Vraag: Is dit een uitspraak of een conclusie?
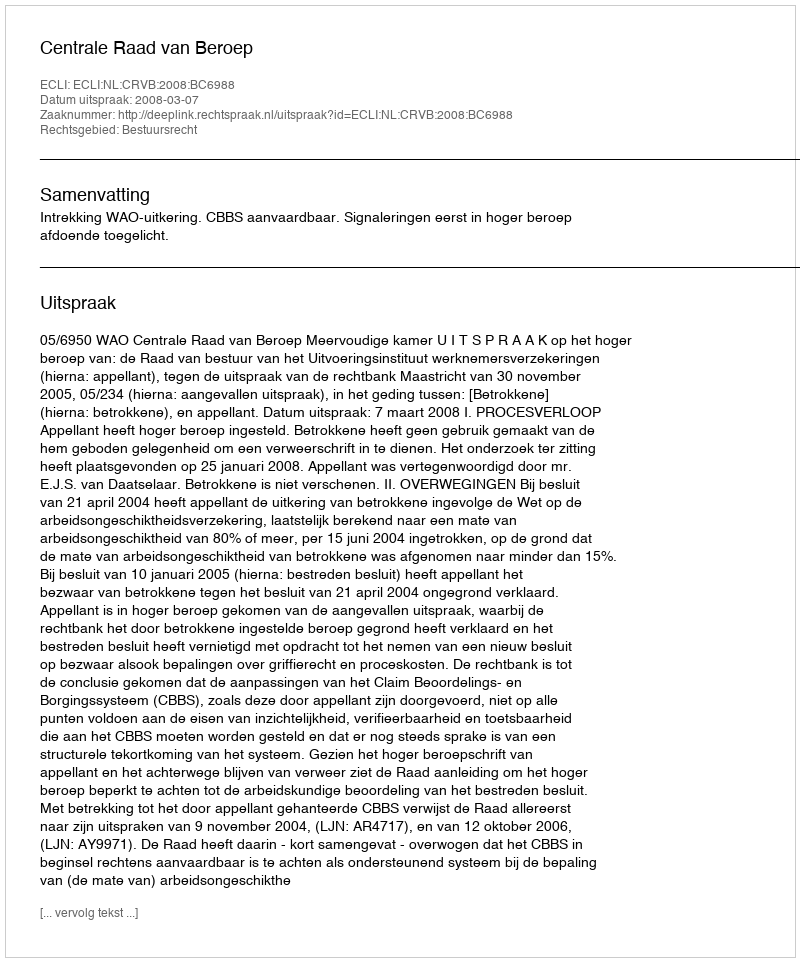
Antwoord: Uitspraak